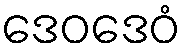
ဒေဝဒေဝံ